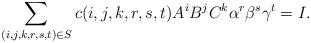
LaTeX: \begin{gather*}\sum_{(i,j,k,r,s,t)\in S}c(i,j,k,r,s,t)A^{i} B^{j} C^{k} \alpha^{r} \beta^{s} \gamma^{t}=I.\end{gather*}